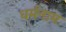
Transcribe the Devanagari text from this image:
धर्मनाम